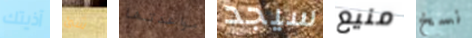
آذيتك شئ مواعدتها سيجد منيع نسخ